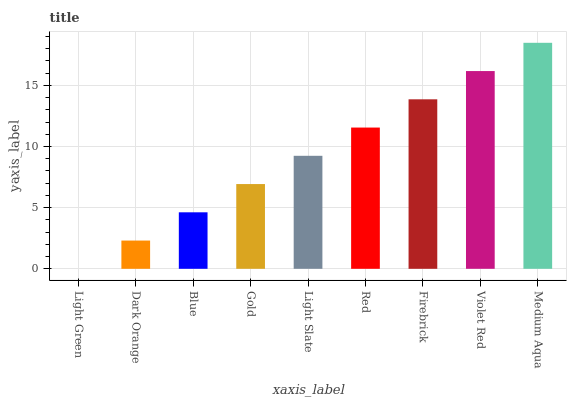
| xaxis_label | bars |
 | --- | --- |
 | Light Green | 0 |
 | Dark Orange | 2.31 |
 | Blue | 4.62 |
 | Gold | 6.93 |
 | Light Slate | 9.24 |
 | Red | 11.5 |
 | Firebrick | 13.9 |
 | Violet Red | 16.2 |
 | Medium Aqua | 18.5 |